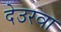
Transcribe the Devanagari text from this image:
देउरवा